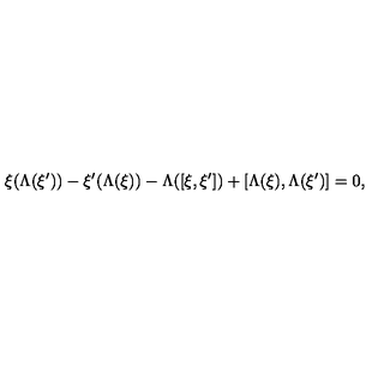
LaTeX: \xi ( \Lambda ( \xi ^ { \prime } ) ) - \xi ^ { \prime } ( \Lambda ( \xi ) ) - \Lambda ( [ \xi , \xi ^ { \prime } ] ) + [ \Lambda ( \xi ) , \Lambda ( \xi ^ { \prime } ) ] = 0 ,